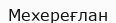
Мехереғлан